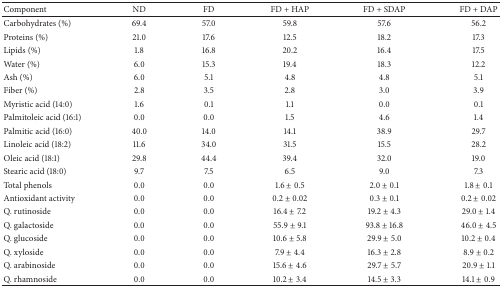
<table><thead><tr><td><b>Component</b></td><td><b>ND</b></td><td><b>FD</b></td><td><b>FD + HAP</b></td><td><b>FD + SDAP</b></td><td><b>FD + DAP</b></td></tr></thead><tbody><tr><td>Carbohydrates (%)</td><td>69.4</td><td>57.0</td><td>59.8</td><td>57.6</td><td>56.2</td></tr><tr><td>Proteins (%)</td><td>21.0</td><td>17.6</td><td>12.5</td><td>18.2</td><td>17.3</td></tr><tr><td>Lipids (%)</td><td>1.8</td><td>16.8</td><td>20.2</td><td>16.4</td><td>17.5</td></tr><tr><td>Water (%)</td><td>6.0</td><td>15.3</td><td>19.4</td><td>18.3</td><td>12.2</td></tr><tr><td>Ash (%)</td><td>6.0</td><td>5.1</td><td>4.8</td><td>4.8</td><td>5.1</td></tr><tr><td>Fiber (%)</td><td>2.8</td><td>3.5</td><td>2.8</td><td>3.0</td><td>3.9</td></tr><tr><td>Myristic acid (14:0)</td><td>1.6</td><td>0.1</td><td>1.1</td><td>0.0</td><td>0.1</td></tr><tr><td>Palmitoleic acid (16:1)</td><td>0.0</td><td>0.0</td><td>1.5</td><td>4.6</td><td>1.4</td></tr><tr><td>Palmitic acid (16:0)</td><td>40.0</td><td>14.0</td><td>14.1</td><td>38.9</td><td>29.7</td></tr><tr><td>Linoleic acid (18:2)</td><td>11.6</td><td>34.0</td><td>31.5</td><td>15.5</td><td>28.2</td></tr><tr><td>Oleic acid (18:1)</td><td>29.8</td><td>44.4</td><td>39.4</td><td>32.0</td><td>19.0</td></tr><tr><td>Stearic acid (18:0)</td><td>9.7</td><td>7.5</td><td>6.5</td><td>9.0</td><td>7.3</td></tr><tr><td>Total phenols</td><td>0.0</td><td>0.0</td><td>1.6 ± 0.5</td><td>2.0 ± 0.1</td><td>1.8 ± 0.1</td></tr><tr><td>Antioxidant activity</td><td>0.0</td><td>0.0</td><td>0.2 ± 0.02</td><td>0.3 ± 0.1</td><td>0.2 ± 0.02</td></tr><tr><td>Q. rutinoside</td><td>0.0</td><td>0.0</td><td>16.4 ± 7.2</td><td>19.2 ± 4.3</td><td>29.0 ± 1.4</td></tr><tr><td>Q. galactoside</td><td>0.0</td><td>0.0</td><td>55.9 ± 9.1</td><td>93.8 ± 16.8</td><td>46.0 ± 4.5</td></tr><tr><td>Q. glucoside</td><td>0.0</td><td>0.0</td><td>10.6 ± 5.8</td><td>29.9 ± 5.0</td><td>10.2 ± 0.4</td></tr><tr><td>Q. xyloside</td><td>0.0</td><td>0.0</td><td>7.9 ± 4.4</td><td>16.3 ± 2.8</td><td>8.9 ± 0.2</td></tr><tr><td>Q. arabinoside</td><td>0.0</td><td>0.0</td><td>15.6 ± 4.6</td><td>29.7 ± 5.7</td><td>20.9 ± 1.1</td></tr><tr><td>Q. rhamnoside</td><td>0.0</td><td>0.0</td><td>10.2 ± 3.4</td><td>14.5 ± 3.3</td><td>14.1 ± 0.9</td></tr></tbody></table>